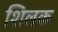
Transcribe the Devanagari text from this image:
शिलक